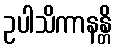
ဥပါသိကာနန္တိ